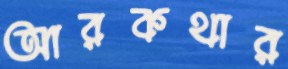
আরকথার